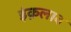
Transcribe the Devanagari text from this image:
इंक़लाब